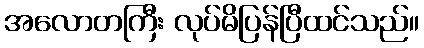
အလောတကြီး လုပ်မိပြန်ပြီထင်သည်။